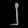
Digit: ၂